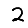
Digit: 2